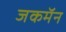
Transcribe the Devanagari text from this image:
जकमॅन